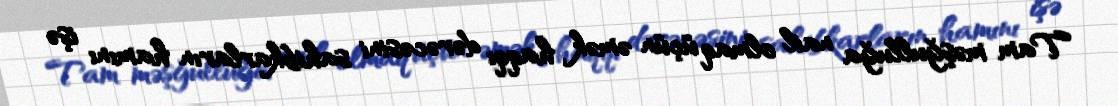
Tam məşğulluğa nail olmaq üçün əmək haqqı dərəcəsini sahibkarların hamını işə